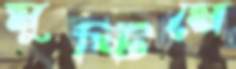
মুষ্টিমে